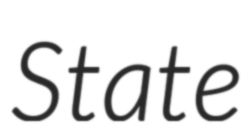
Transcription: State